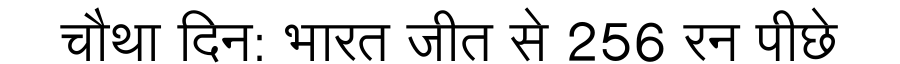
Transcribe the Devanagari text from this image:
चौथा दिन: भारत जीत से 256 रन पीछे